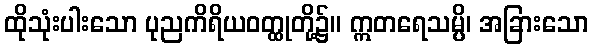
ထိုသုံးပါးသော ပုညကိရိယဝတ္ထုတို့၌။ ဣတရေသမ္ပိ၊ အခြားသော